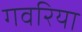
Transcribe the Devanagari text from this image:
गवरिया